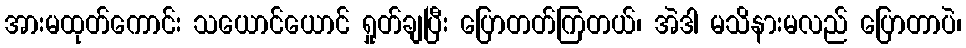
အားမထုတ်ကောင်း သယောင်ယောင် ရှုတ်ချပြီး ပြောတတ်ကြတယ်၊ အဲဒါ မသိနားမလည် ပြောတာပဲ၊